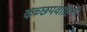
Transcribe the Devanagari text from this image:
कच्छपवाहिनी